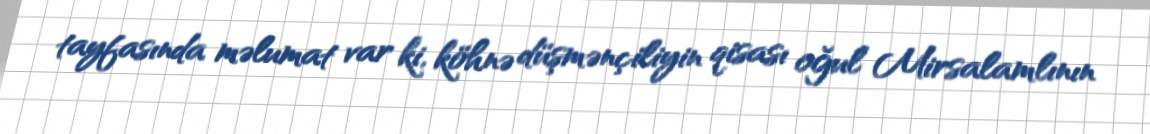
tayfasında məlumat var ki, köhnə düşmənçiliyin qisası oğul Mirsalamlının